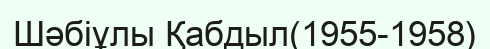
Шәбіұлы Қабдыл(1955-1958)